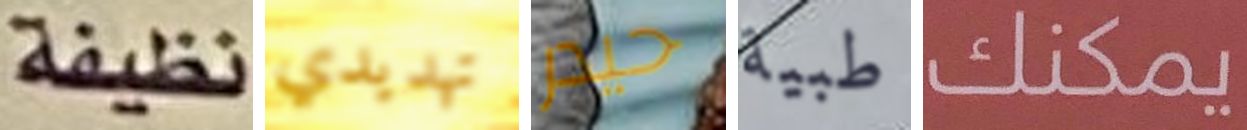
نظيفة تهديدي حيدر طبية يمكنك